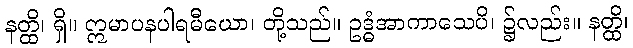
နတ္ထိ၊ ရှိ။ ဣမာပနပါရမီယော၊ တို့သည်။ ဥဒ္ဓံအာကာသေပိ၊ ၌လည်း။ နတ္ထိ၊